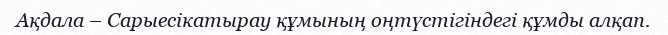
Ақдала – Сарыесікатырау құмының оңтүстігіндегі құмды алқап.